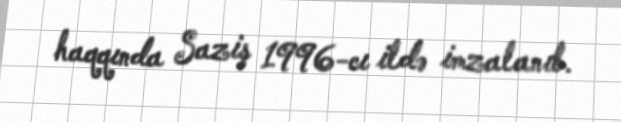
haqqında Saziş 1996-cı ildə imzalanıb.